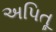
અપિતૂ